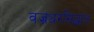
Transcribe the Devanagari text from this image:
वज्रधरसिद्धांत